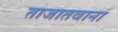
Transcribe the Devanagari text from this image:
ताजातवाना